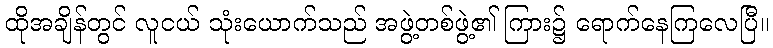
ထိုအချိန်တွင် လူငယ် သုံးယောက်သည် အဖွဲ့တစ်ဖွဲ့၏ ကြား၌ ရောက်နေကြလေပြီ။